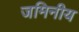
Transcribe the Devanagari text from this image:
जमिनीय